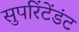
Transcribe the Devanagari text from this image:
सुपरिंटेंडंट